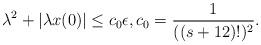
LaTeX: \begin{align*}\lambda^2+|\lambda x(0)|\leq c_0\epsilon,c_0=\frac{1}{((s+12)!)^2}.\end{align*}